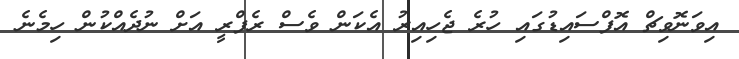
އިވަނޮވިޗް އޮފްސައިޑުގައި ހުރެ ޖެހިއިރު އެކަން ވެސް ރެފްރީ އަށް ނުދެއްކުން ހިމެނެ